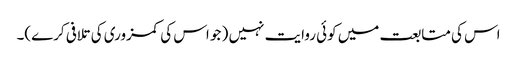
اس کی متابعت میں کوئی روایت نہیں ( جو اس کی کمزوری کی تلافی کرے)۔